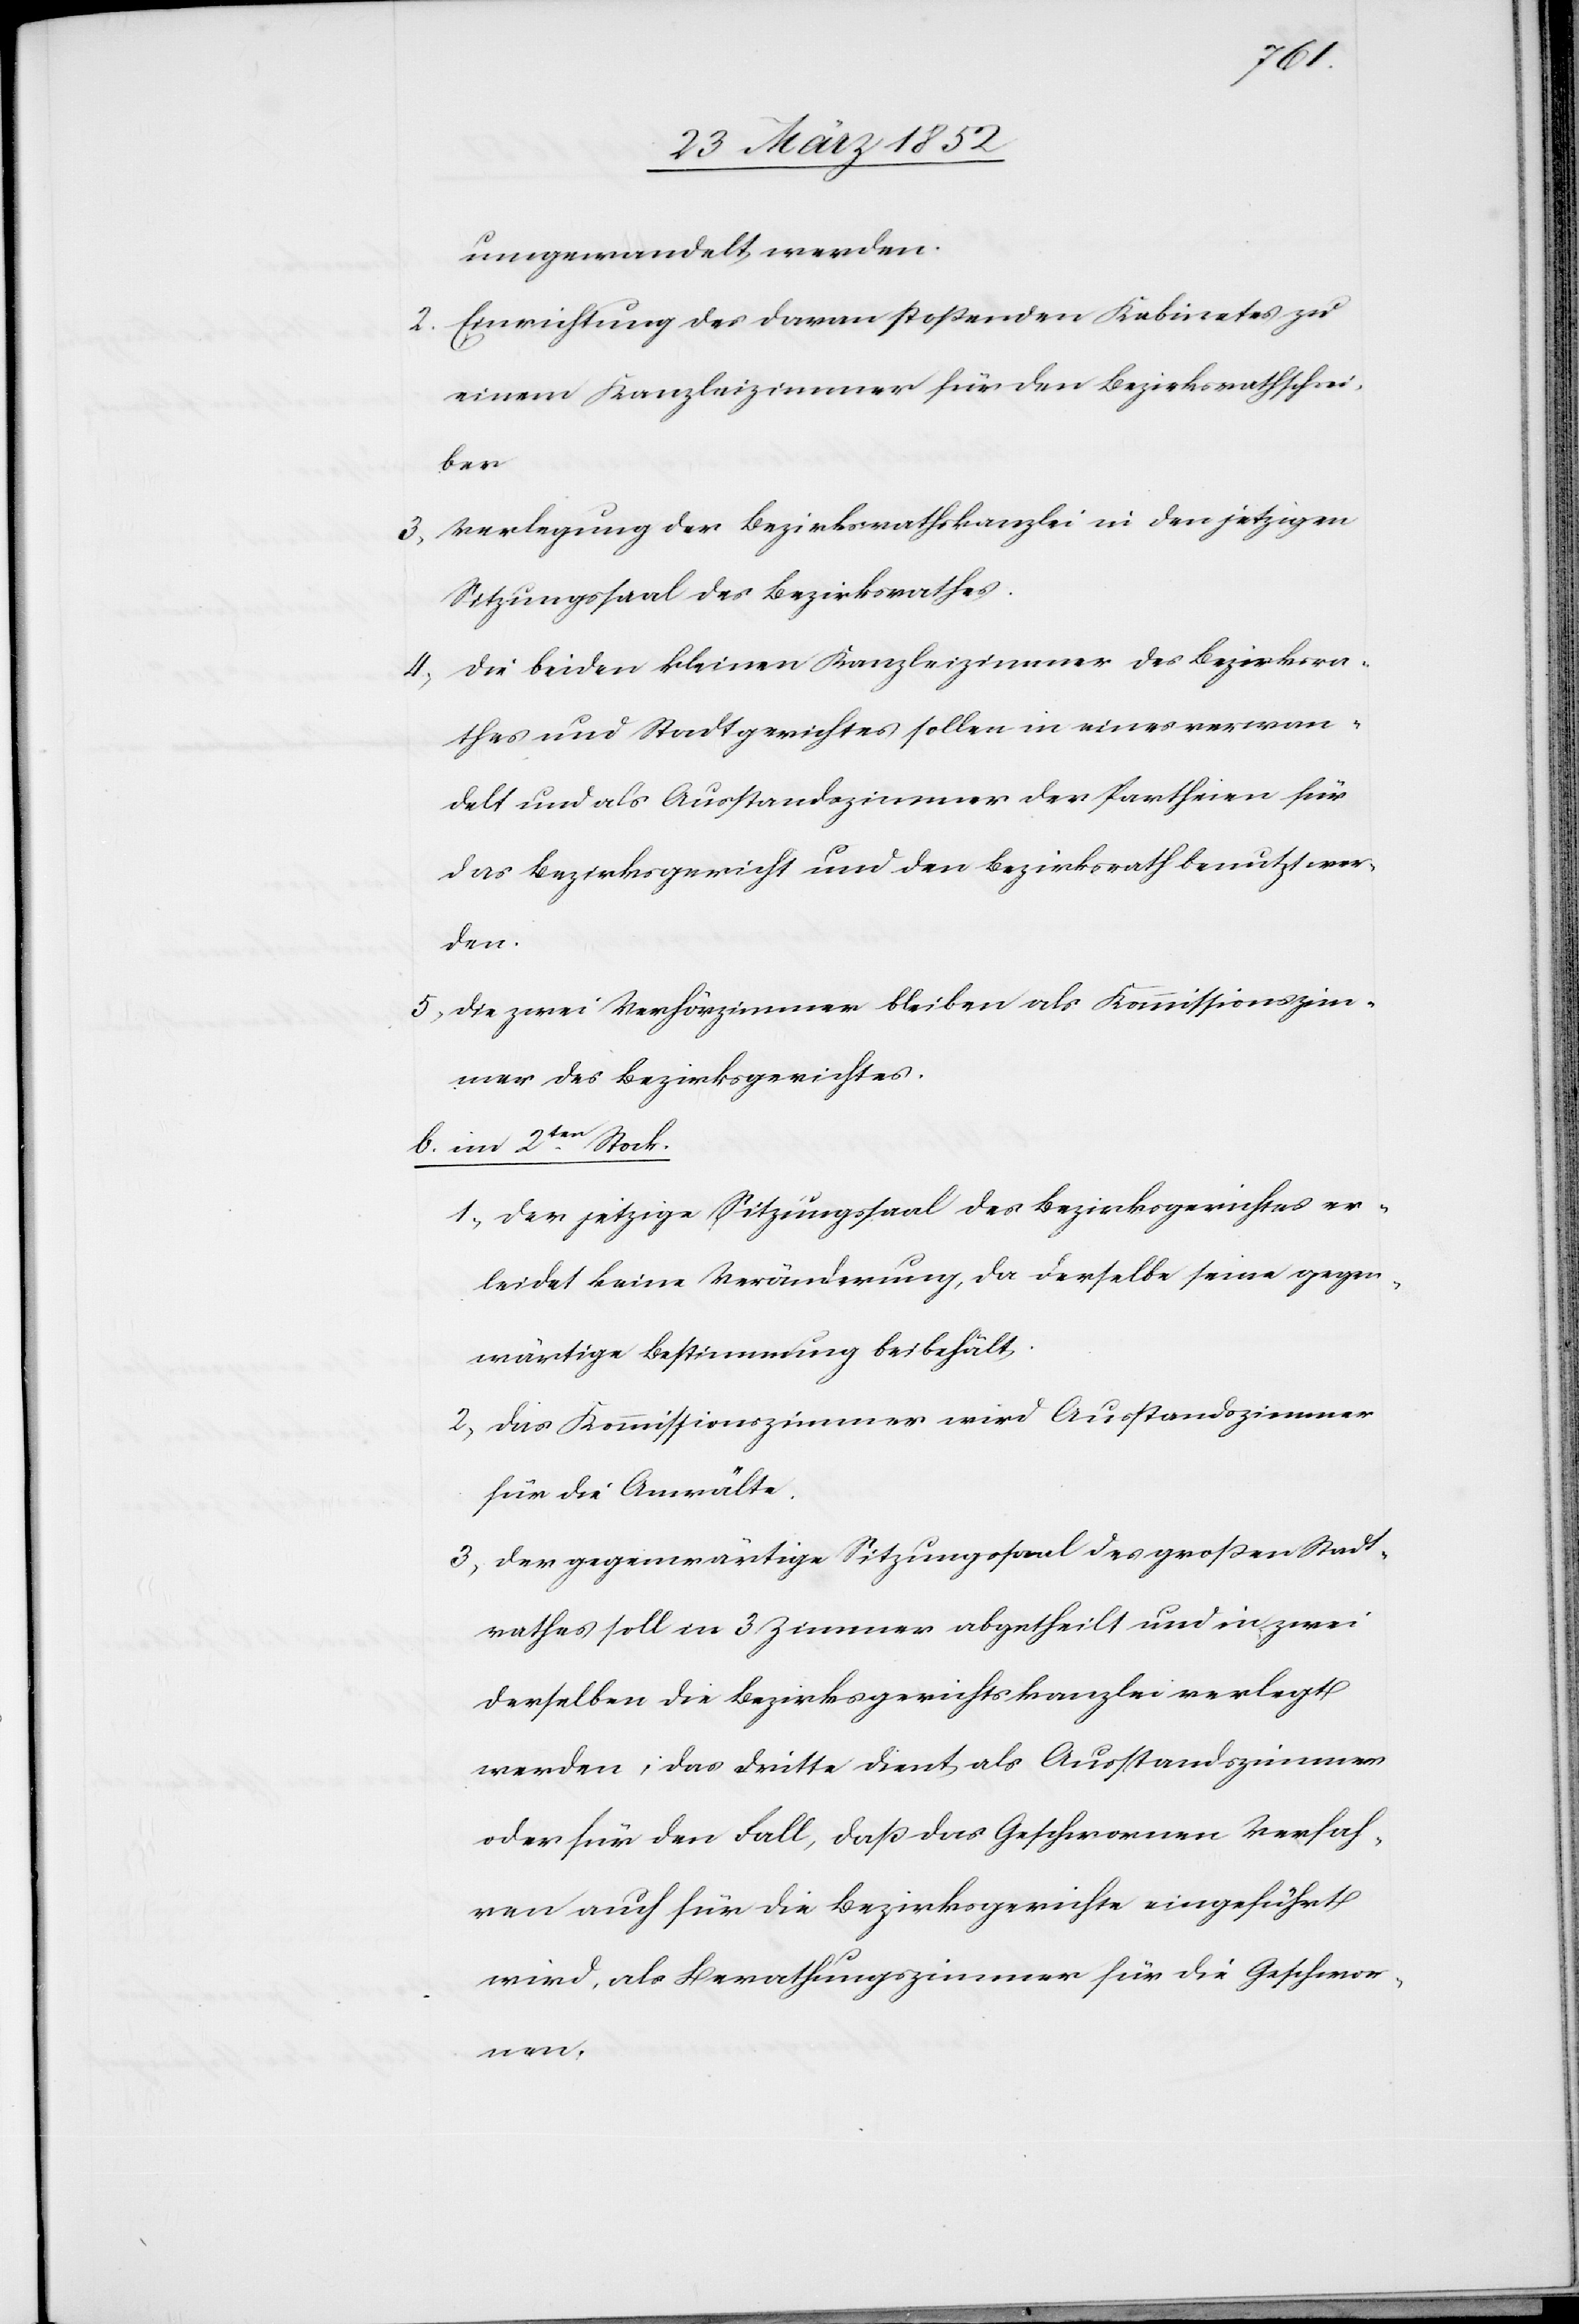
umgewandelt werden.
2) Einrichtung des daran stoßenden Kabinetes zu
einem Kanzleizimmer für den Bezirksrathschrei¬
ber.
3) Verlegung der Bezirksrathskanzlei in den jetzigen
Sitzungssaal des Bezirksrathes.
4) Die beiden kleinen Kanzleizimmer des Bezirksra¬
thes und Stadtgerichtes sollen in eines verwan¬
delt und als Ausstandszimmer der Partheien für
das Bezirksgericht und den Bezirksrath benutzt wer¬
den.
5) Die zwei Verhörzimmer bleiben als Kommissionszim¬
mer des Bezirksgerichtes.
b. im 2ten Stock.
1) Der jetzige Sitzungssaal des Bezirksgerichtes er¬
leidet keine Veränderung, da derselbe seine gegen¬
wärtige Bestimmung beibehält.
2) Das Kommissionszimmer wird Ausstandszimmer
für die Anwälte.
3) Der gegenwärtige Sitzungssaal des großen Stadt¬
rathes soll in 3 Zimmer abgetheilt und in zwei
derselben die Bezirksgerichtskanzlei verlegt
werden; das dritte dient als Ausstandszimmer
oder für den Fall, daß das Geschwornen Verfah¬
ren auch für die Bezirksgerichte eingeführt
wird, als Berathungszimmer für die Geschwor¬
nen.